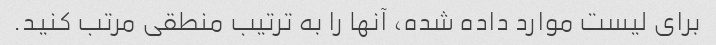
برای لیست موارد داده شده، آنها را به ترتیب منطقی مرتب کنید.